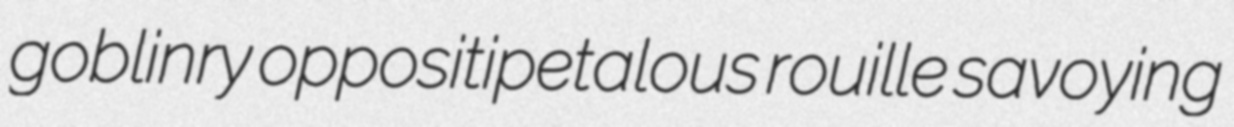
goblinry oppositipetalous rouille savoying